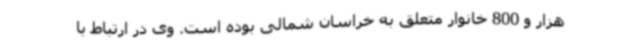
هزار و 800 خانوار متعلق به خراسان شمالی بوده است. وی در ارتباط با